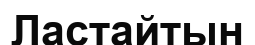
Ластайтын